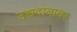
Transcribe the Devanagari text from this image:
उच्चदाबावर